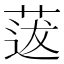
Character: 𦳺